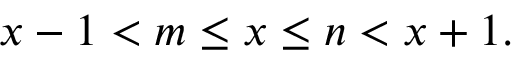
x - 1 < m \leq x \leq n < x + 1 .